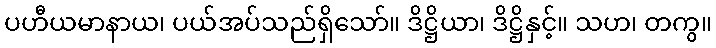
ပဟီယမာနာယ၊ ပယ်အပ်သည်ရှိသော်။ ဒိဋ္ဌိယာ၊ ဒိဋ္ဌိနှင့်။ သဟ၊ တကွ။